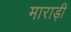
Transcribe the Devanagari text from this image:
माराड़ी